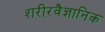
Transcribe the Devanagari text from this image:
शरीरवैज्ञानिक